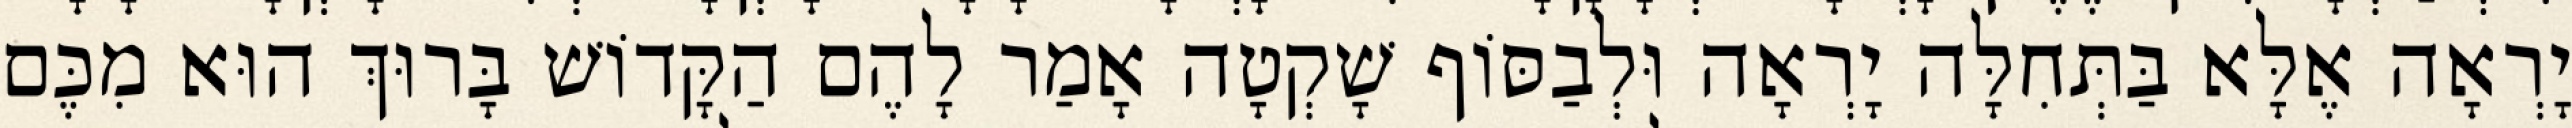
יָרְאָה אֶלָּא בַּתְּחִלָּה יָרְאָה וּלְבַסּוֹף שָׁקְטָה אָמַר לָהֶם הַקָּדוֹשׁ בָּרוּךְ הוּא מִכֶּם